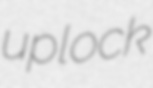
uplock